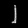
Digit: ၂